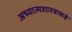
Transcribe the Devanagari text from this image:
अध्यात्मशास्त्राकडे